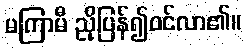
မကြာမီ ညိုပြန်၍ဝင်လာ၏။